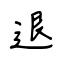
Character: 退